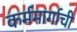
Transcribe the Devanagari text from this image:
कर्ममार्गाची